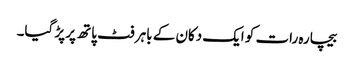
بیچارہ رات کو ایک دکان کے باہر فٹ پاتھ پر پڑ گیا۔